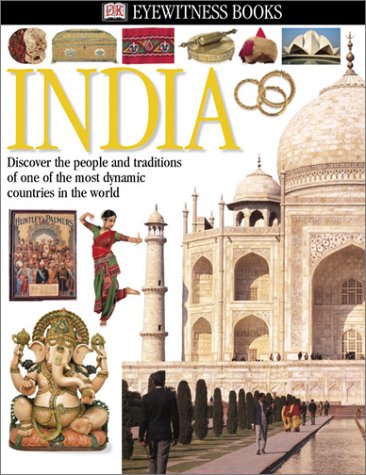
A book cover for India (Eyewitness Books); Manini Chatterjee; Children's Books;